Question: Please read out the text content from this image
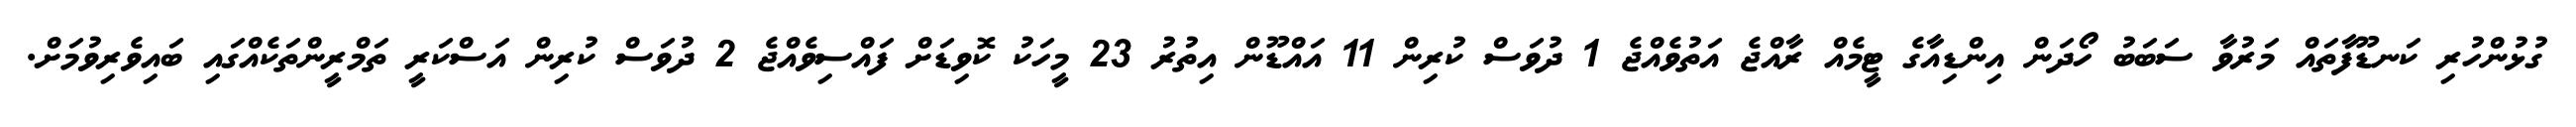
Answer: ގުޅުންހުރި ކަނޑޫފާތައް މަރުވާ ސަބަބު ހޯދަން އިންޑިއާގެ ޓީމެއް ރާއްޖެ އަތުވެއްޖެ 1 ދުވަސް ކުރިން 11 އައްޑޫން އިތުރު 23 މީހަކު ކޮވިޑަށް ފައްސިވެއްޖެ 2 ދުވަސް ކުރިން އަސްކަރީ ތަމްރީންތަކެއްގައި ބައިވެރިވުމަށް.